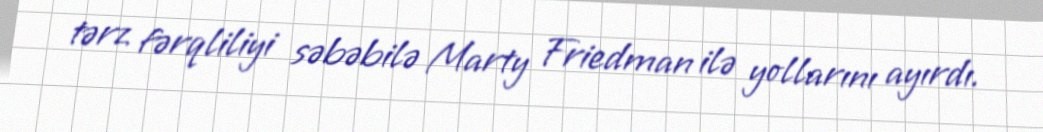
tərz fərqliliyi səbəbilə Marty Friedman ilə yollarını ayırdı.